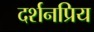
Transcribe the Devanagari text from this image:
दर्शनप्रिय